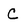
Character: C